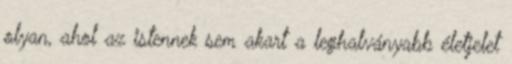
olyan, ahol az istennek sem akart a leghalványabb életjelet